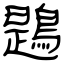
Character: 鶗